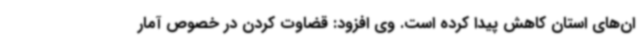
ان‌های استان کاهش پیدا کرده است. وی افزود: قضاوت کردن در خصوص آمار